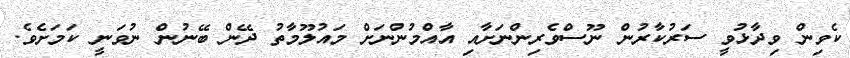
ކެވިން ވިދާޅުވީ ސަރުކާރުން ނޫސްވެރިންނަށާއި އާއްމުންނަށް މައުލޫމާތު ދޭން ބޭނުން ނުވަނީ ކަމަށެވެ.